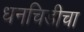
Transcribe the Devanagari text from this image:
धनचिडीचा